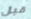
قبل